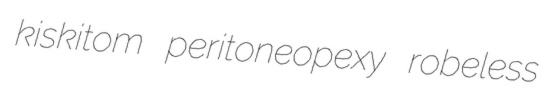
kiskitom peritoneopexy robeless